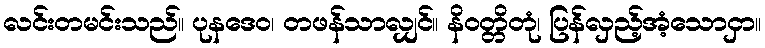
လင်းတမင်းသည်။ ပုနဒေဝ၊ တဖန်သာလျှင်။ နိဝတ္တိတုံ၊ ပြန်လှည့်အံ့သောငှာ။